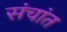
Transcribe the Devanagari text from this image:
संचांत